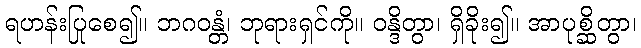
ရဟန်းပြုစေ၍။ ဘဂဝန္တံ၊ ဘုရားရှင်ကို။ ဝန္ဒိတွာ၊ ရှိခိုး၍။ အာပုစ္ဆိတွာ၊